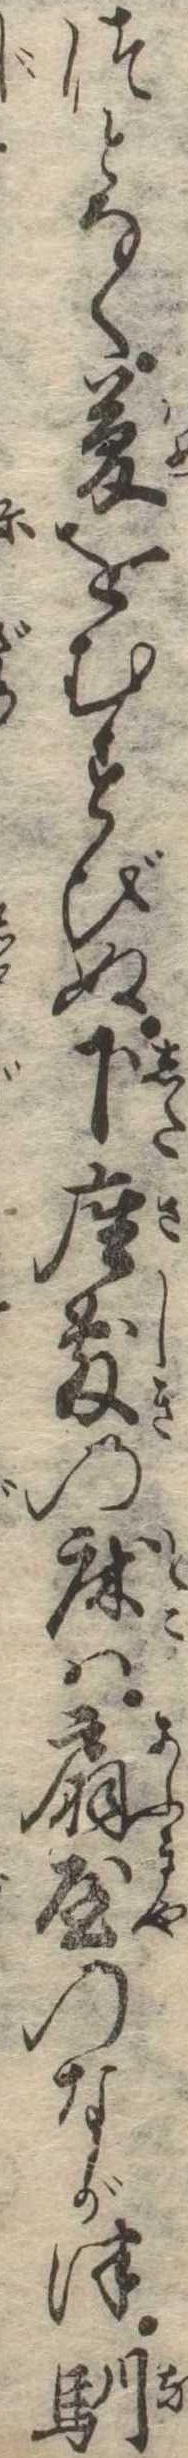
つとなく夢をむすびぬ下座敷の床は扇屋のなが津馴